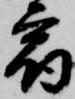
宿